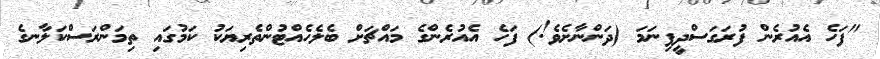
"ފަހެ އެއުރެން ފުރަގަސްދީފިނަމަ (ދަންނާށެވެ!) ފަހެ އެއުރެންގެ މައްޗަށް ބެލެހެއްޓުންތެރިޔަކު ކަމުގައި ތިމަންރަސްކަލާނގެ